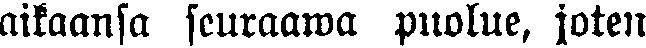
aikaansa seuraawa puolue, joten